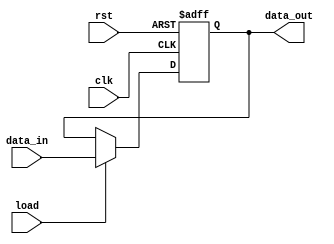
module instruction_register(data_out, data_in, rst, clk, load);
parameter word_size=8;
input [word_size-1: 0] data_in;
output [word_size-1: 0] data_out;
reg [word_size-1: 0] data_out;
input rst;
input clk;
input load;
always@(posedge clk or negedge rst)
begin
if(rst==0)
data_out<=8'b0000_0000;
else if (load==1)
data_out<=data_in;
end
endmodule